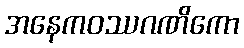
အနေကဝဿဂဏိကော